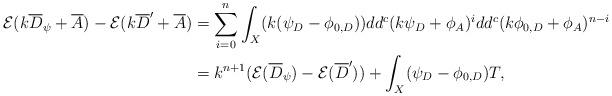
LaTeX: \begin{align*}\mathcal{E}(k\overline{D}_\psi+\overline{A})-\mathcal{E}(k\overline{D}'+\overline{A})&=\sum_{i=0}^n\int_X(k(\psi_D-\phi_{0,D}))dd^c(k\psi_D+\phi_A)^i dd^c(k\phi_{0,D}+\phi_A)^{n-i}\\&=k^{n+1}(\mathcal{E}(\overline{D}_\psi)-\mathcal{E}(\overline{D}'))+\int_X(\psi_D-\phi_{0,D})T,\end{align*}